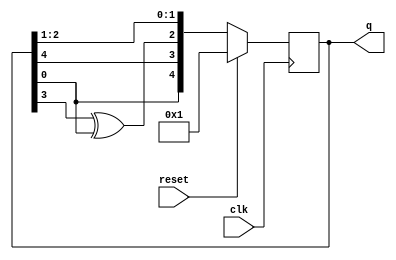
module top_module(
    input clk,
    input reset,    // Active-high synchronous reset to 5'h1
    output [4:0] q
); 
    always @(posedge clk)begin
        if(reset)
            q <= 5'd1;
        else
            q <= {q[0], q[4], q[3]^q[0], q[2], q[1]};
    end
endmodule